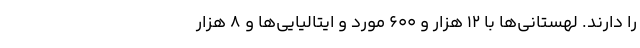
را دارند. لهستانی‌ها با ۱۲ هزار و ۶۰۰ مورد و ایتالیایی‌ها و ۸ هزار